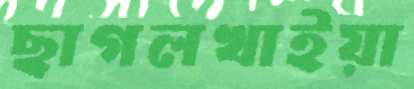
ছাগলখাইয়া